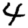
Digit: 4